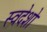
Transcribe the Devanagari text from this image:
स्वदेशो